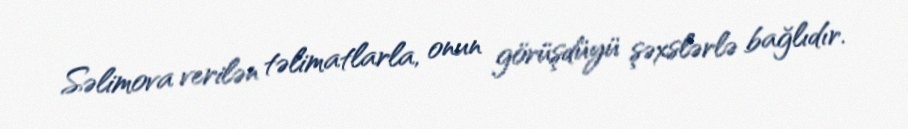
Səlimova verilən təlimatlarla, onun görüşdüyü şəxslərlə bağlıdır.